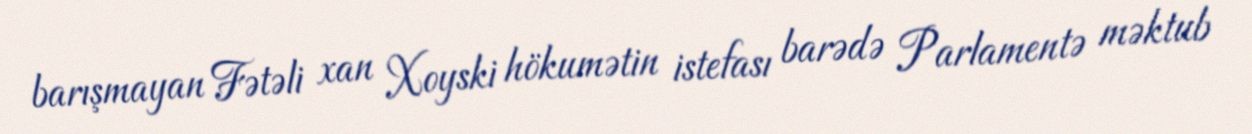
barışmayan Fətəli xan Xoyski hökumətin istefası barədə Parlamentə məktub